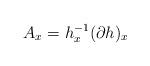
LaTeX: \begin{align*}A_x=h_x^{-1}(\partial h)_x \end{align*}